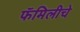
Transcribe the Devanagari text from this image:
फॅमिलीचे